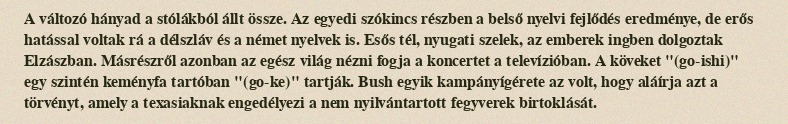
A változó hányad a stólákból állt össze. Az egyedi szókincs részben a belső nyelvi fejlődés eredménye, de erős hatással voltak rá a délszláv és a német nyelvek is. Esős tél, nyugati szelek, az emberek ingben dolgoztak Elzászban. Másrészről azonban az egész világ nézni fogja a koncertet a televízióban. A köveket "(go-ishi)" egy szintén keményfa tartóban "(go-ke)" tartják. Bush egyik kampányígérete az volt, hogy aláírja azt a törvényt, amely a texasiaknak engedélyezi a nem nyilvántartott fegyverek birtoklását.